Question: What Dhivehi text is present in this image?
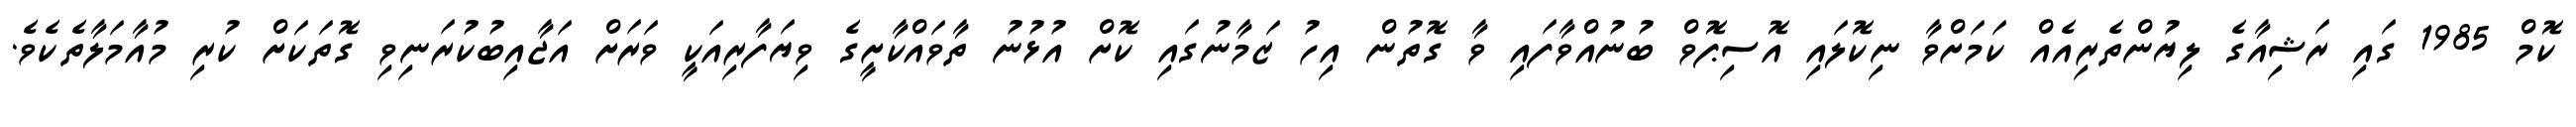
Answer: ކޮމް 1985 ގައި ރަޝިއާގެ ލިޔުންތެރިއެއް ކަމަށްވާ ނިކޮލައި އޮސިޕޮވް ބުނުއްވާފައި ވާ ގޮތުން އިހު ޒަމާނުގައި ކޮށް އުޅުނު ތާވައްކާށީގެ ވިޔަފާރިއަކީ ވަރަށް އަޖާއިބުކުރަނިވި ގޮތަކަށް ކުރި މުއާމަލާތެކެވެ.